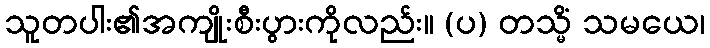
သူတပါး၏အကျိုးစီးပွားကိုလည်း။ (ပ) တသ္မိံ သမယေ၊